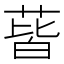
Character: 蒈